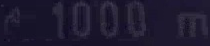
c=1000\mathrm{